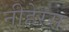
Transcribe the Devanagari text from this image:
नीहेरस